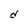
Character: d